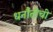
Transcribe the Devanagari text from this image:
धनौतीची